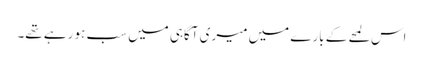
اس لمحے کے بارے میں میری آگاہی میں سب ہو رہے تھے۔